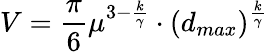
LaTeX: V=\frac{\pi}{6}\mu^{3-\frac{k}{\gamma}}\cdot(d_{max})^{\frac{k}{\gamma}}